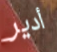
أدير